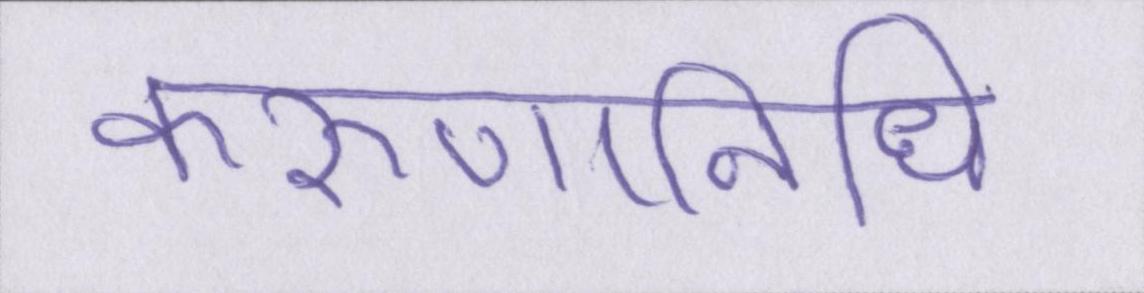
करुणानिधि